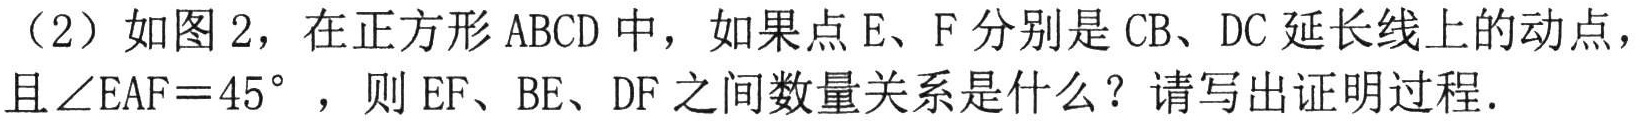
（2）如图2，在正方形ABCD中，如果点E、F分别是CB、DC延长线上的动点，且$\angle EAF = 45^{\circ}$，则EF、BE、DF之间数量关系是什么？请写出证明过程.